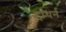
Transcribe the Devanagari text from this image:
हाथर्न